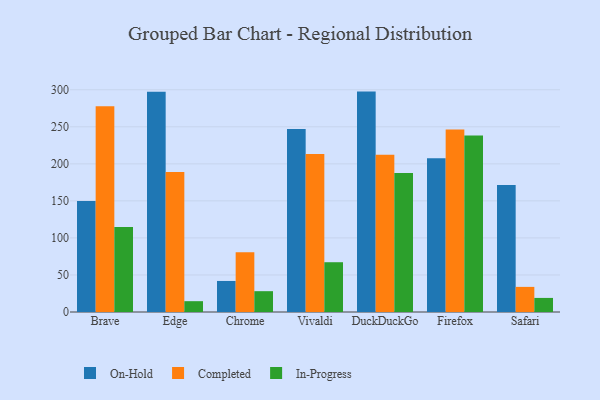
{"axis": {"x": "Browser", "y": "Bounce Rate (%)"}, "legend": ["Completed", "In-Progress", "On-Hold"], "data": [{"x": "Brave", "y": 149.7, "type": "On-Hold"}, {"x": "Brave", "y": 277.7, "type": "Completed"}, {"x": "Brave", "y": 114.9, "type": "In-Progress"}, {"x": "Edge", "y": 297.2, "type": "On-Hold"}, {"x": "Edge", "y": 188.9, "type": "Completed"}, {"x": "Edge", "y": 14.6, "type": "In-Progress"}, {"x": "Chrome", "y": 41.9, "type": "On-Hold"}, {"x": "Chrome", "y": 80.7, "type": "Completed"}, {"x": "Chrome", "y": 28.1, "type": "In-Progress"}, {"x": "Vivaldi", "y": 247.0, "type": "On-Hold"}, {"x": "Vivaldi", "y": 213.3, "type": "Completed"}, {"x": "Vivaldi", "y": 67.2, "type": "In-Progress"}, {"x": "DuckDuckGo", "y": 297.5, "type": "On-Hold"}, {"x": "DuckDuckGo", "y": 212.3, "type": "Completed"}, {"x": "DuckDuckGo", "y": 187.5, "type": "In-Progress"}, {"x": "Firefox", "y": 207.6, "type": "On-Hold"}, {"x": "Firefox", "y": 246.5, "type": "Completed"}, {"x": "Firefox", "y": 238.4, "type": "In-Progress"}, {"x": "Safari", "y": 171.5, "type": "On-Hold"}, {"x": "Safari", "y": 33.9, "type": "Completed"}, {"x": "Safari", "y": 19.0, "type": "In-Progress"}]}